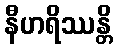
နီဟရိဿန္တိ